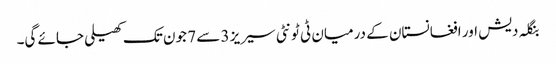
بنگلہ دیش اور افغانستان کے درمیان ٹی ٹونٹی سیریز 3 سے 7 جون تک کھیلی جائے گی۔